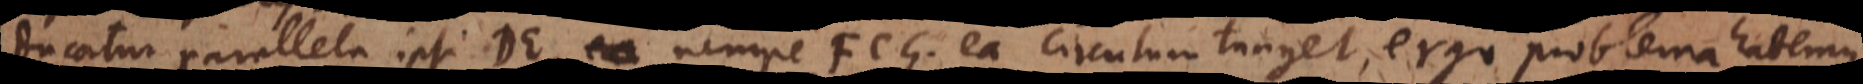
ducatur parallela ipsi DE, nempe FCG, ea circulum tanget, ergo problema habemus